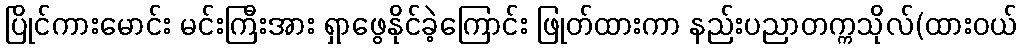
ပြိုင်ကားမောင်း မင်းကြီးအား ရှာဖွေနိုင်ခဲ့ကြောင်း ဖြုတ်ထားကာ နည်းပညာတက္ကသိုလ်(ထားဝယ်